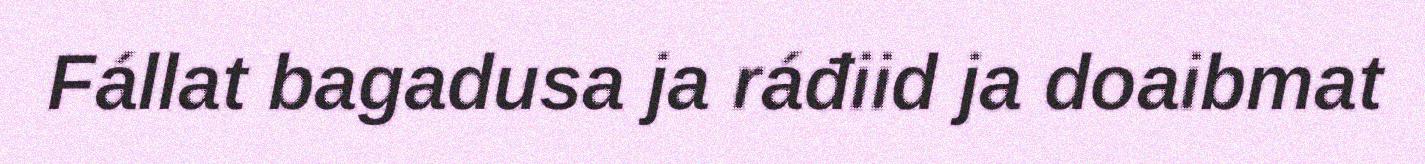
Fállat bagadusa ja ráđiid ja doaibmat